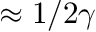
\approx 1 / 2 \gamma